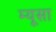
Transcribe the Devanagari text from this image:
म्यूसा